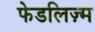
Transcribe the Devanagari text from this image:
फेडलिज़्म